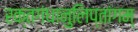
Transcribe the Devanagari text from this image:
रक्तगंधानुलिप्तांगम्